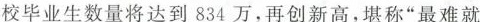
校毕业生数量将达到834万，再创新高，堪称”最难就